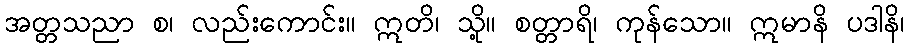
အတ္တသညာ စ၊ လည်းကောင်း။ ဣတိ၊ သို့။ စတ္တာရိ၊ ကုန်သော။ ဣမာနိ ပဒါနိ၊